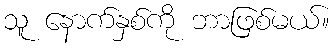
သူ နောက်နှစ်ကို ဘာဖြစ်မယ်။